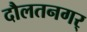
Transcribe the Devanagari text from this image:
दौलतनगर्